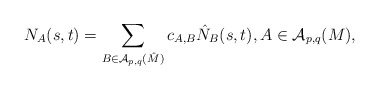
\begin{align*}N_A(s,t)=\sum_{B\in{\cal A}_{p,q}(\hat M)} c_{A,B}\hat N_B(s,t), A\in {\cal A}_{p,q}(M), \end{align*}